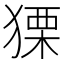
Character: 𤠫